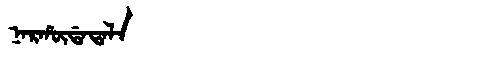
Manchu: ᠨᠠᡵᡥᡡᡩᠠᡨᠠᠯᠠ
Romanization: NARHŪDATALA